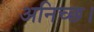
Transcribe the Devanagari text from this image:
अनिच्छ।